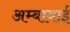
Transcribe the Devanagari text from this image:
अम्बाबाई